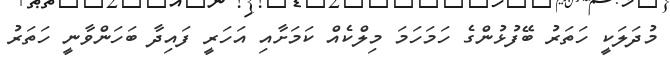
މުދަލަކީ ހަތަރު ބޭފުޅުންގެ ހަމަހަމަ މިލްކެއް ކަމަށާއި އަހަރީ ފައިދާ ބަހަންވާނީ ހަތަރު